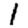
Digit: 1